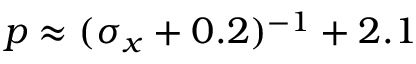
p \approx ( \sigma _ { x } + 0 . 2 ) ^ { - 1 } + 2 . 1